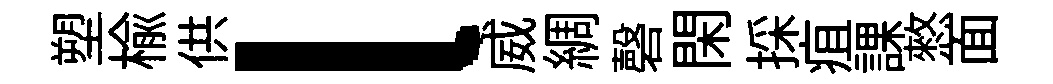
塑榆供l威綢磬閑採疽課憗面